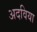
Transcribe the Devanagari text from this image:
अदविया